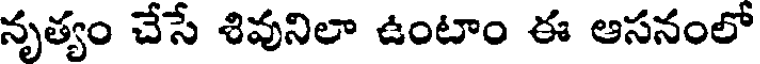
నృత్యం చేసే శివునిలా ఉంటాం ఈ ఆసనంలో